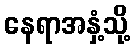
နေရာအနှံ့သို့